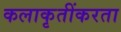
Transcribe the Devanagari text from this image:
कलाकृतींकरता